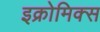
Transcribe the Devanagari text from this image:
इक्रोमिक्स